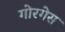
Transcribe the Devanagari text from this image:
गोरगेस